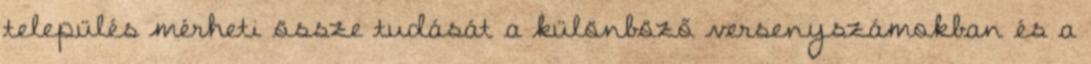
település mérheti össze tudását a különböző versenyszámokban és a